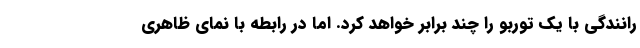
رانندگی با یک توربو را چند برابر خواهد کرد. اما در رابطه با نمای ظاهری